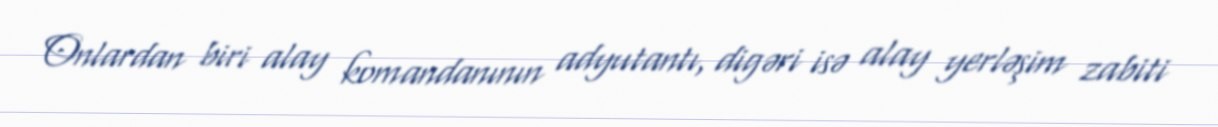
Onlardan biri alay komandanının adyutantı, digəri isə alay yerləşim zabiti